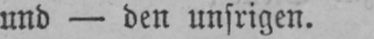
und - den unsrigen.